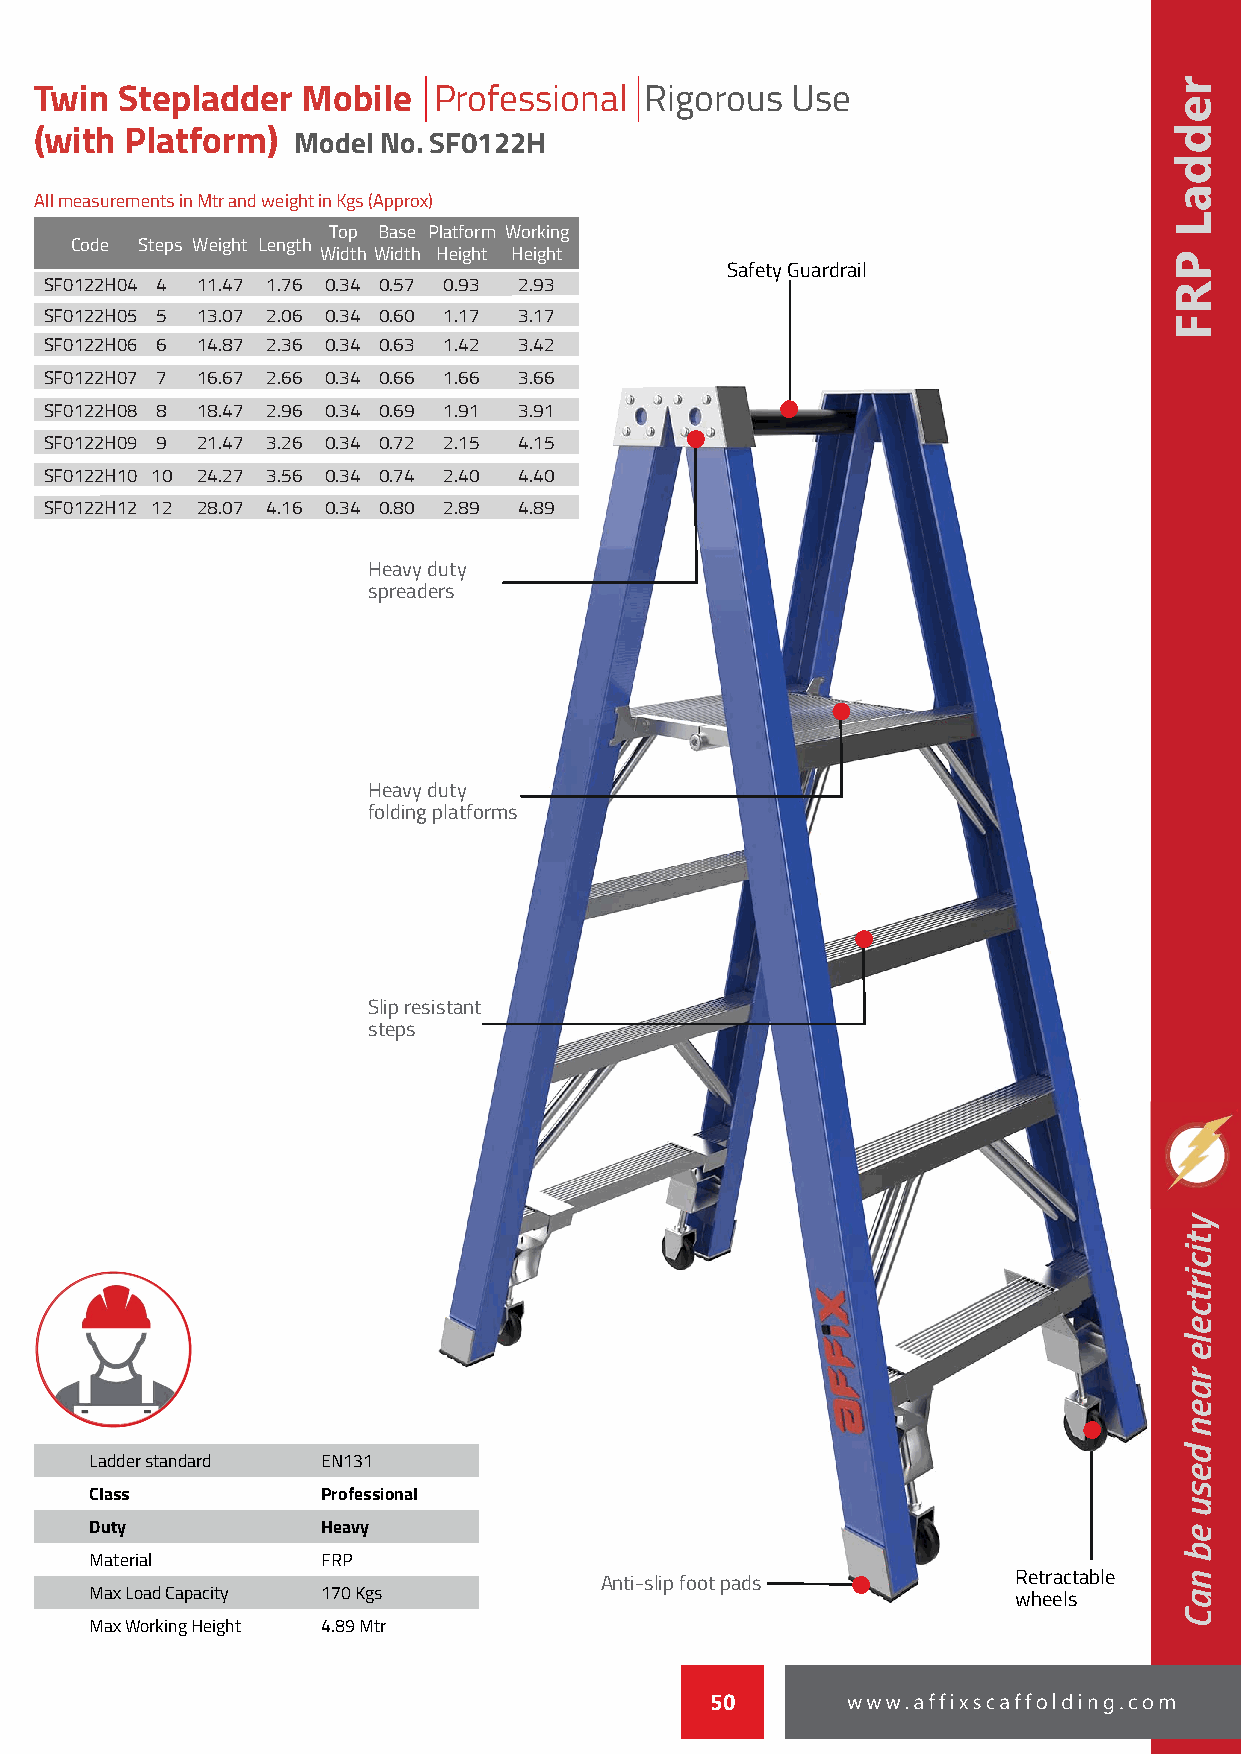
Twin  Stepladder  Mobile   Professional  Rigorous Use
 (with Platform)  Model No. SF0122H
 All measurements in Mtr and weight in Kgs (Approx)
 Top Base Platform Working
 Code Steps Weight Length
 Width Width Height Height
 Safety Guardrail
 SF0122H04 4 11.47 1.76 0.34 0.57 0.93 2.93
 SF0122H05 5 13.07 2.06 0.34 0.60 1.17 3.17
 SF0122H06 6 14.87 2.36 0.34 0.63 1.42 3.42
 SF0122H07 7 16.67 2.66 0.34 0.66 1.66 3.66
 SF0122H08 8 18.47 2.96 0.34 0.69 1.91 3.91
 SF0122H09 9 21.47 3.26 0.34 0.72 2.15 4.15
 SF0122H10 10 24.27 3.56 0.34 0.74 2.40 4.40
 SF0122H12 12 28.07 4.16 0.34 0.80 2.89 4.89
 HHHHeeeeaaaavvvvyyyy dddduuuuttttyyyy
 sssspppprrrreeeeaaaaddddeeeerrrrssss
 HHHHeeeeaaaavvvvyyyy dddduuuuttttyyyy
 ffffoooollllddddiiiinnnngggg ppppllllaaaattttffffoooorrrrmmmmssss
 SSSSlllliiiipppp rrrreeeessssiiiissssttttaaaannnntttt
 sssstttteeeeppppssss
 Ladder standard EN131
 Class          Professional
 Duty           Heavy
 Material       FRP
 AAAAnnnnttttiiii----sssslllliiiipppp ffffooooooootttt ppppaaaaddddssss Retractable
 Max Load Capacity 170 Kgs                                    wheels
 Max Working Height 4.89 Mtr
 50
 reddaL
 PRF
 yticirtcele
 raen
 desu
 eb
 naC